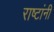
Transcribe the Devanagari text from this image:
राष्टांनी